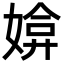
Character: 媕